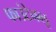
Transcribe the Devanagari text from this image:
फाउंटेनब्‍लू